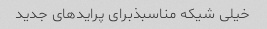
خیلی شیکه مناسبذبرای پرایدهای جدید